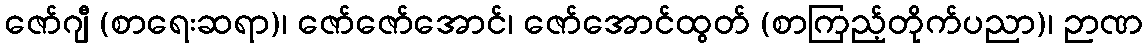
ဇော်ဂျီ (စာရေးဆရာ)၊ ဇော်ဇော်အောင်၊ ဇော်အောင်ထွတ် (စာကြည့်တိုက်ပညာ)၊ ဉာဏ